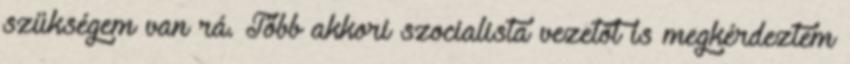
szükségem van rá. Több akkori szocialista vezetőt is megkérdeztem